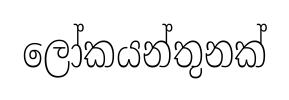
ලෝකයන්තුනක්